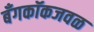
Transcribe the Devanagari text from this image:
बँगकॉकजवळ